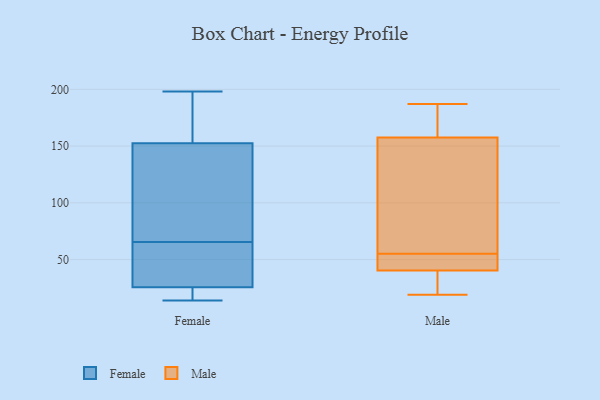
{"axis": {"x": "Demand Index", "y": "Value"}, "legend": ["Female", "Male"], "data": [{"x": "", "y": 96, "type": "Female"}, {"x": "", "y": 198, "type": "Female"}, {"x": "", "y": 35, "type": "Female"}, {"x": "", "y": 101, "type": "Female"}, {"x": "", "y": 33, "type": "Female"}, {"x": "", "y": 160, "type": "Female"}, {"x": "", "y": 29, "type": "Female"}, {"x": "", "y": 22, "type": "Female"}, {"x": "", "y": 19, "type": "Female"}, {"x": "", "y": 145, "type": "Female"}, {"x": "", "y": 14, "type": "Female"}, {"x": "", "y": 187, "type": "Female"}, {"x": "", "y": 19, "type": "Male"}, {"x": "", "y": 144, "type": "Male"}, {"x": "", "y": 42, "type": "Male"}, {"x": "", "y": 40, "type": "Male"}, {"x": "", "y": 19, "type": "Male"}, {"x": "", "y": 178, "type": "Male"}, {"x": "", "y": 41, "type": "Male"}, {"x": "", "y": 55, "type": "Male"}, {"x": "", "y": 187, "type": "Male"}, {"x": "", "y": 78, "type": "Male"}, {"x": "", "y": 182, "type": "Male"}, {"x": "", "y": 30, "type": "Male"}, {"x": "", "y": 72, "type": "Male"}, {"x": "", "y": 162, "type": "Male"}, {"x": "", "y": 49, "type": "Male"}]}